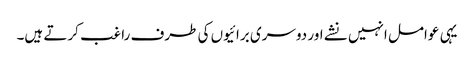
یہی عوامل انہیں نشے اور دوسری برائیوں کی طرف راغب کرتے ہیں۔